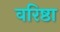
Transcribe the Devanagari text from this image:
वरिष्ठा